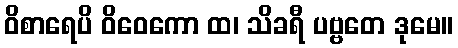
ဝိစာရေပိ ဝိဝေကော ထ၊ သိခရီ ပဗ္ဗတေ ဒုမေ။